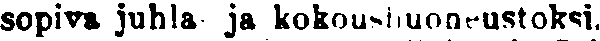
sopiva juhla ja kokoushuoneustoksi.